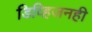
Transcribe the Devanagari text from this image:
डिव्हिजनही